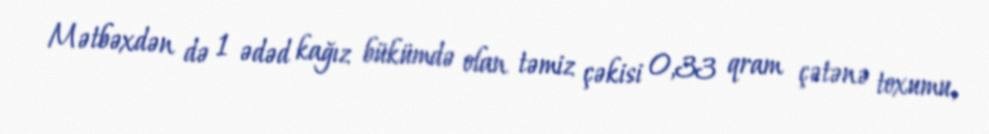
Mətbəxdən də 1 ədəd kağız bükümdə olan təmiz çəkisi 0,33 qram çətənə toxumu,